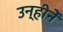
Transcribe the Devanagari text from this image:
उन्हीनें